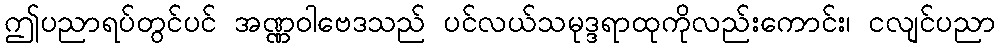
ဤပညာရပ်တွင်ပင် အဏ္ဏဝါဗေဒသည် ပင်လယ်သမုဒ္ဒရာထုကိုလည်းကောင်း၊ ငလျင်ပညာ